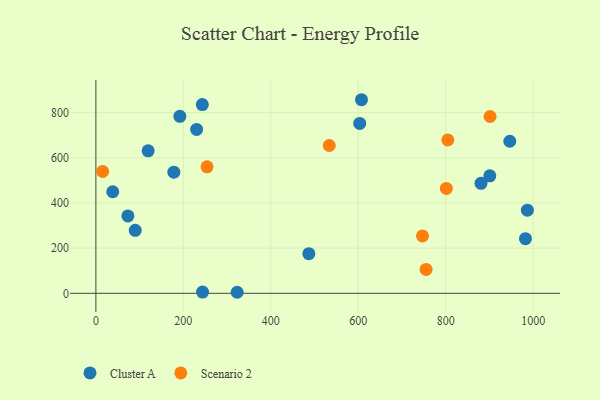
{"axis": {"x": "Price", "y": "Fuel Efficiency"}, "legend": ["Cluster A", "Scenario 2"], "data": [{"x": "487.0", "y": 175.5, "type": "Cluster A"}, {"x": "607.4", "y": 856.9, "type": "Cluster A"}, {"x": "230.4", "y": 725.3, "type": "Cluster A"}, {"x": "192.0", "y": 783.4, "type": "Cluster A"}, {"x": "243.4", "y": 835.4, "type": "Cluster A"}, {"x": "323.1", "y": 4.6, "type": "Cluster A"}, {"x": "603.4", "y": 752.1, "type": "Cluster A"}, {"x": "946.6", "y": 673.1, "type": "Cluster A"}, {"x": "178.3", "y": 536.4, "type": "Cluster A"}, {"x": "880.7", "y": 486.8, "type": "Cluster A"}, {"x": "900.9", "y": 519.9, "type": "Cluster A"}, {"x": "90.0", "y": 278.7, "type": "Cluster A"}, {"x": "119.5", "y": 630.7, "type": "Cluster A"}, {"x": "243.9", "y": 5.7, "type": "Cluster A"}, {"x": "73.2", "y": 342.7, "type": "Cluster A"}, {"x": "38.5", "y": 449.6, "type": "Cluster A"}, {"x": "982.4", "y": 241.9, "type": "Cluster A"}, {"x": "986.8", "y": 368.2, "type": "Cluster A"}, {"x": "755.2", "y": 105.8, "type": "Scenario 2"}, {"x": "746.9", "y": 253.9, "type": "Scenario 2"}, {"x": "15.4", "y": 539.6, "type": "Scenario 2"}, {"x": "901.5", "y": 782.7, "type": "Scenario 2"}, {"x": "804.9", "y": 679.1, "type": "Scenario 2"}, {"x": "254.2", "y": 560.0, "type": "Scenario 2"}, {"x": "801.5", "y": 464.3, "type": "Scenario 2"}, {"x": "533.7", "y": 654.3, "type": "Scenario 2"}]}